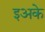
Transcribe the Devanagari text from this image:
इअके